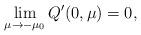
LaTeX: \begin{align*}\lim_{\mu \rightarrow-\mu_0 }Q^{\prime}(0,\mu)=0,\end{align*}